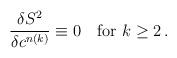
\begin{align*}\frac{\delta S^2}{\delta c^{n(k)}}\equiv 0\mbox{\quad for }k\geq 2\,.\end{align*}